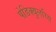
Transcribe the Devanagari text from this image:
पेडिक्युलरिस